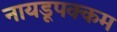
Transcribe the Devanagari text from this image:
नायडूपक्कम